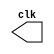
// -------------------------
//  Exemplo0041
// Nome: Gustavo Barbosa
// -------------------------
// -- test clock generator (1)
// ---------------------------
module clock ( clk );
output clk;
reg clk;

initial begin
   clk = 1'b0;
end

always begin
   #12 clk = ~clk;
  end
endmodule // clock ( )

module Exemplo0041;
wire  clk;
clock CLK1 ( clk );

initial begin
  $display("Exemplo0041 - Gustavo Barbosa - 427410");
  $dumpfile ( "Exemplo041.vcd" );
  $dumpvars;
#120 $finish;
end
endmodule // Exemplo041 ( )